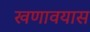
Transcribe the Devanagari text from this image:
खणावयास